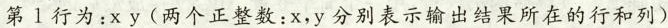
第1行为：x y(两个正整数：x，y分别表示输出结果所在的行和列)